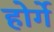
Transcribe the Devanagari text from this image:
होर्गे